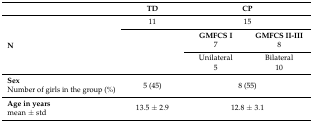
<table><thead><tr><td></td><td><b>TD</b></td><td colspan="2"><b>CP</b></td></tr></thead><tbody><tr><td rowspan="5"><b>N</b></td><td>11</td><td colspan="2">15</td></tr><tr><td rowspan="4"></td><td><b>GMFCS I</b></td><td><b>GMFCS II-III</b></td></tr><tr><td>7</td><td>8</td></tr><tr><td>Unilateral</td><td>Bilateral</td></tr><tr><td>5</td><td>10</td></tr><tr><td><b>Sex</b>Number of girls in the group (%)</td><td>5 (45)</td><td colspan="2">8 (55)</td></tr><tr><td><b>Age in years</b>mean ± std</td><td>13.5 ± 2.9</td><td colspan="2">12.8 ± 3.1</td></tr></tbody></table>